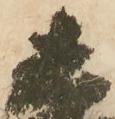
直